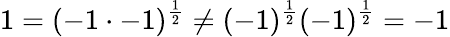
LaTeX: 1=(-1\cdot-1)^{\frac{1}{2}}\not=(-1)^{\frac{1}{2}}(-1)^{\frac{1}{2}}=-1